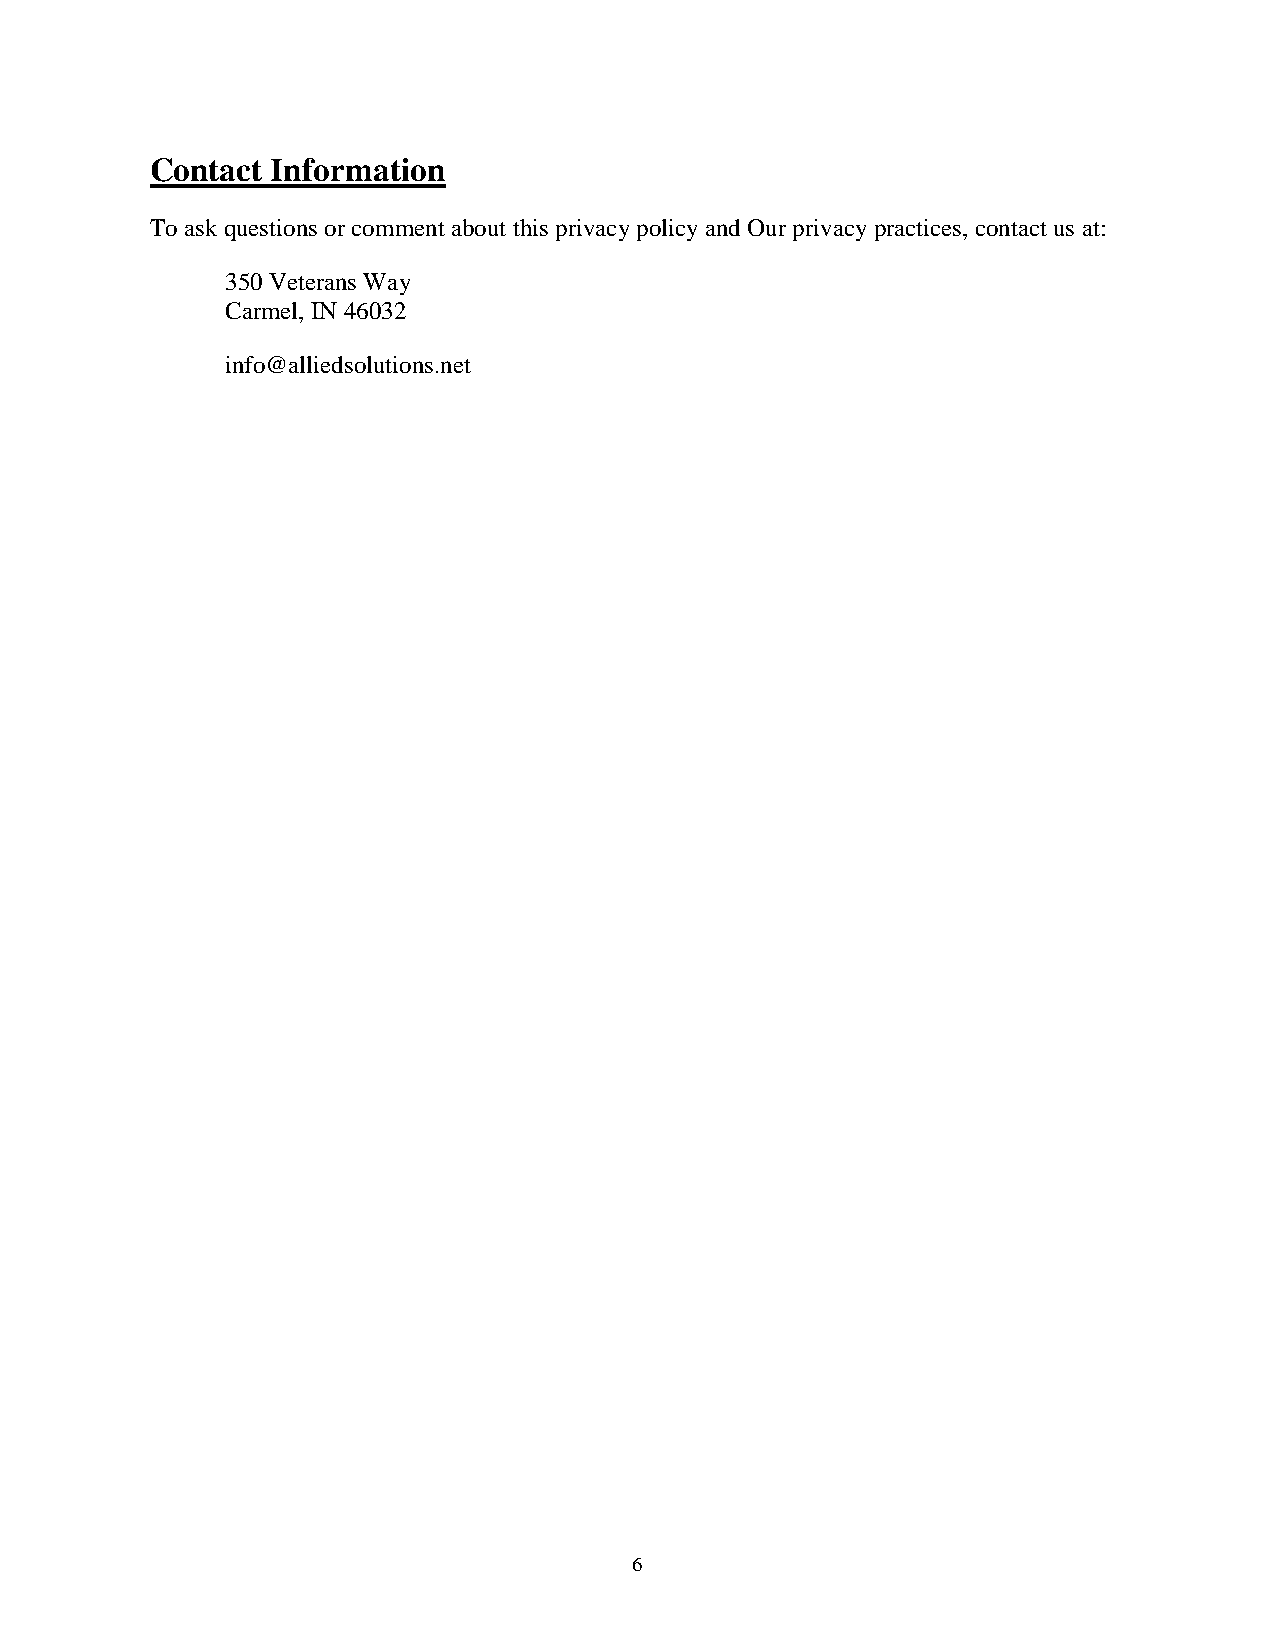
Contact Information
 To ask questions or comment about this privacy policy and Our privacy practices, contact us at:
 350 Veterans Way
 Carmel, IN 46032
 info@alliedsolutions.net
 6